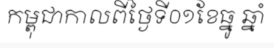
កម្ពុជាកាលពីថ្ងៃទី០១ខែធ្នូ ឆ្នាំ